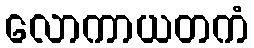
လောကာယတကံ